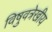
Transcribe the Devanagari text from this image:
विषुवत्रेखीय